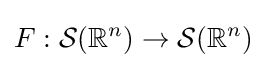
F:{\mathcal {S}}(\mathbb {R} ^{n})\to {\mathcal {S}}(\mathbb {R} ^{n})